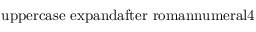
\mathrm { { \ u p p e r c a s e \ e x p a n d a f t e r { \ r o m a n n u m e r a l 4 } } }